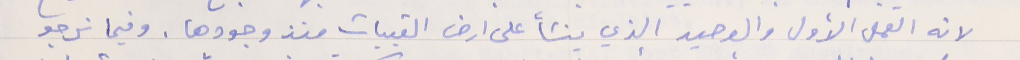
لانه العمل الأول والوحيد الذي ينشأ على ارض القبيات منذ وجودها. وفيما نرجو